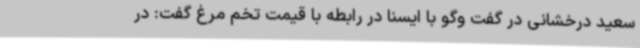
سعید درخشانی در گفت وگو با ایسنا در رابطه با قیمت تخم مرغ گفت: در